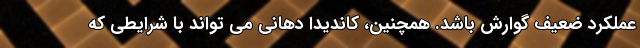
عملکرد ضعیف گوارش باشد. همچنین، کاندیدا دهانی می تواند با شرایطی که